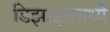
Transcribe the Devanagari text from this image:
डिझाइनमध्ये